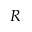
R